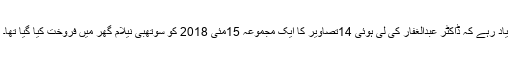
یاد رہے کہ ڈاکٹر عبدالغفار کی لی ہوئی 14تصاویر کا ایک مجموعہ 15مئی 2018 کو سوتھبی نیلام گھر میں فروخت کیا گیا تھا۔